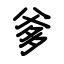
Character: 爹